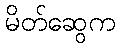
မိတ်ဆွေက